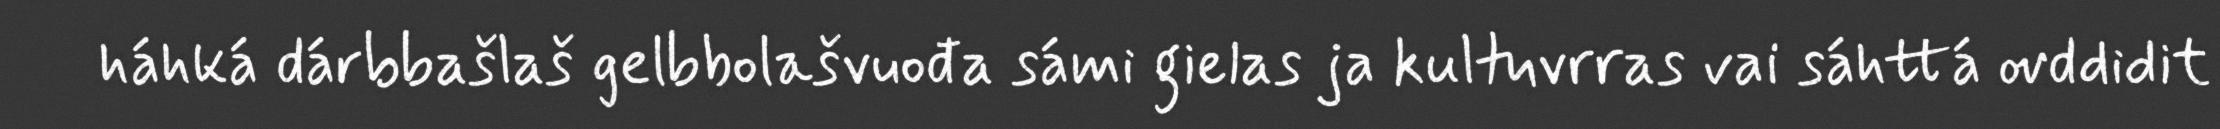
háhká dárbbašlaš gelbbolašvuođa sámi gielas ja kultuvrras vai sáhttá ovddidit